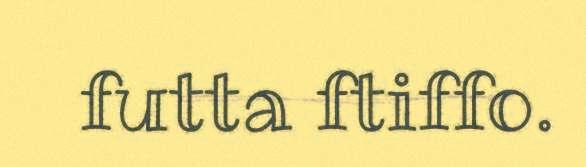
futta ftiffo.